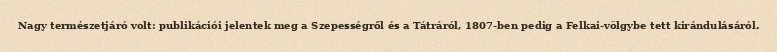
Nagy természetjáró volt: publikációi jelentek meg a Szepességről és a Tátráról, 1807-ben pedig a Felkai-völgybe tett kirándulásáról.